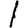
Digit: 1